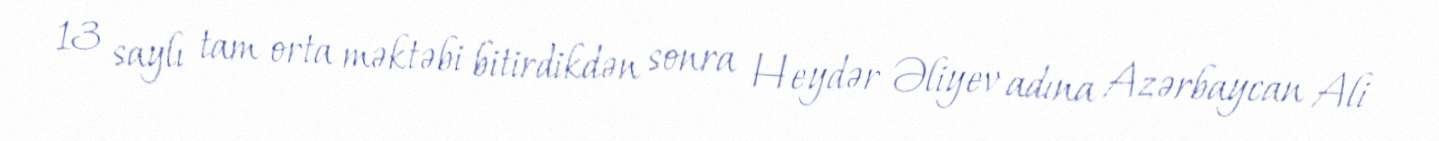
13 saylı tam orta məktəbi bitirdikdən sonra Heydər Əliyev adına Azərbaycan Ali